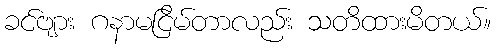
ခင်ဗျား ဂနာမငြိမ်တာလည်း သတိထားမိတယ်။